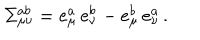
LaTeX: \Sigma _ { \mu \nu } ^ { a b } = e _ { \mu } ^ { a } \, e _ { \nu } ^ { b } - e _ { \mu } ^ { b } \, e _ { \nu } ^ { a } \, .